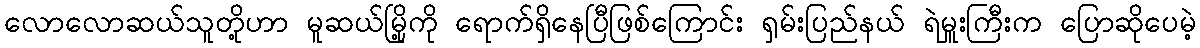
လောလောဆယ်သူတို့ဟာ မူဆယ်မြို့ကို ရောက်ရှိနေပြီဖြစ်ကြောင်း ရှမ်းပြည်နယ် ရဲမှူးကြီးက ပြောဆိုပေမဲ့